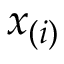
x _ { ( i ) }